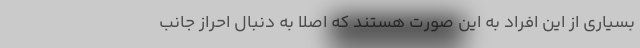
بسیاری از این افراد به این صورت هستند که اصلا به دنبال احراز جانب